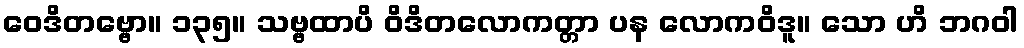
ဝေဒိတဗ္ဗော။ ၁၃၅။ သဗ္ဗထာပိ ဝိဒိတလောကတ္တာ ပန လောကဝိဒူ။ သော ဟိ ဘဂဝါ